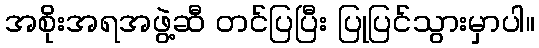
အစိုးအရအဖွဲ့ဆီ တင်ပြပြီး ပြုပြင်သွားမှာပါ။